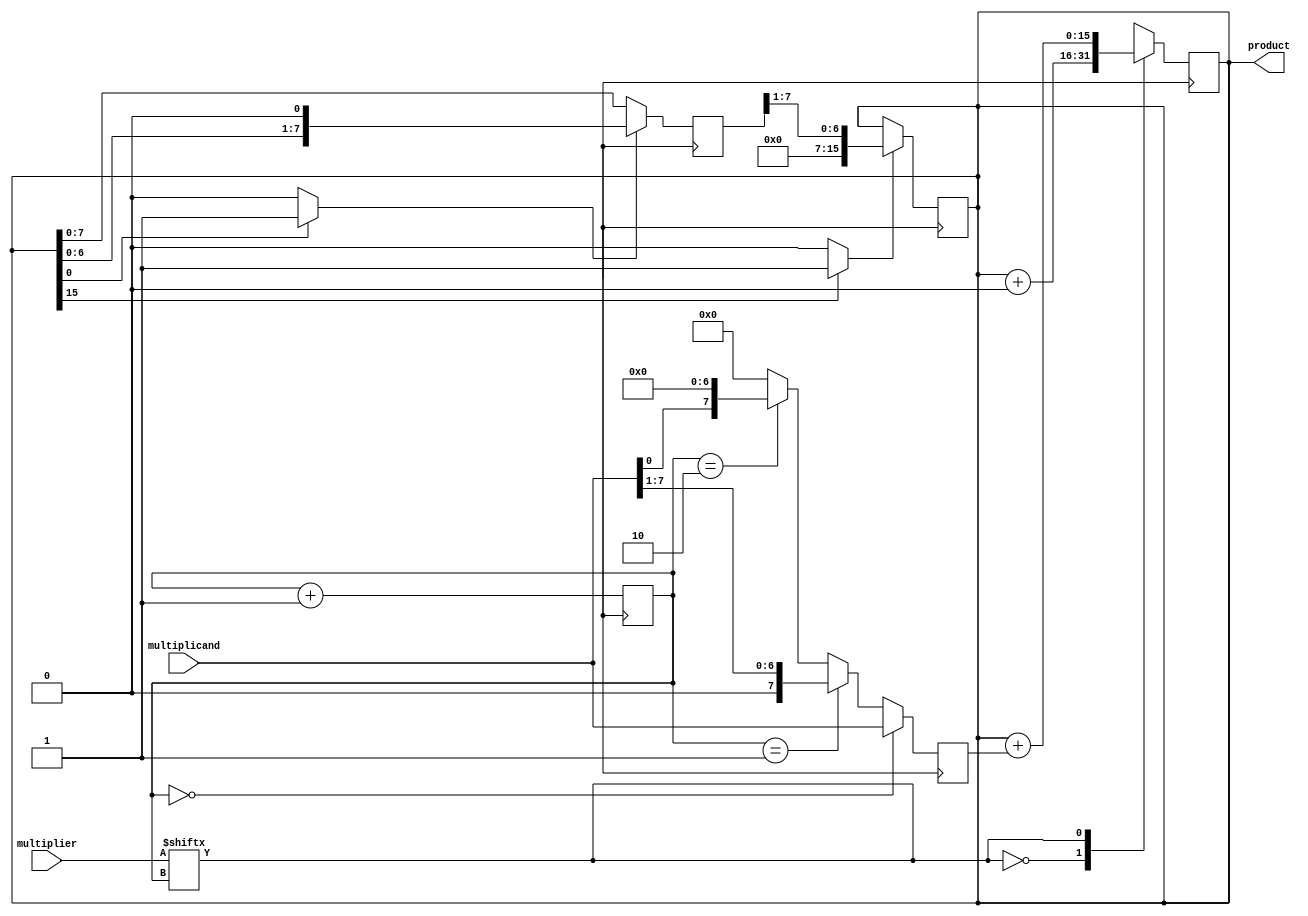
module ModifiedBoothMultiplier (
    input wire [7:0] multiplicand,
    input wire [7:0] multiplier,
    output reg [15:0] product
);

// Signals declaration
reg [7:0] a;
reg [7:0] s;
reg [1:0] count;
reg [15:0] partial_product;
reg [7:0] temp_product;
wire shift_in;
reg shift_out;

// Booth algorithm control logic
always @(posedge clk) begin
    if (count == 2'b00) begin
        a <= multiplicand;
        s <= -multiplicand;
    end else if (count == 2'b01) begin
        a <= {8'b0, multiplicand[7:1]};
        s <= {8'b0, -multiplicand[7:1]};
    end else if (count == 2'b10) begin
        a <= {multiplicand[0], 7'b0};
        s <= {multiplicand[0], 7'b0};
    end else begin // count == 2'b11
        a <= 8'b0;
        s <= 8'b0;
    end
end

// Arithmetic blocks
always @(posedge clk) begin
    if (shift_in) begin
        temp_product <= partial_product << 1;
    end else begin
        temp_product <= partial_product;
    end
    if (shift_out) begin
        partial_product <= temp_product >> 1;
    end
end

// Booth multiplier
always @(posedge clk) begin
    count <= count + 1;
    case(multiplier[count])
        2'b00: partial_product <= partial_product + {8'b0, 7'b0};
        2'b01: partial_product <= partial_product + a;
        2'b10: partial_product <= partial_product + s;
        2'b11: partial_product <= partial_product + {8'b0, s[7:1]};
    endcase
end

assign shift_in = (partial_product[0] == 1) ? 1 : 0;
assign shift_out = (partial_product[15] == 1) ? 1 : 0;

// Output
assign product = partial_product;

endmodule